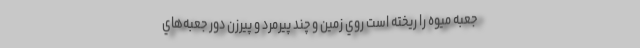
جعبه ميوه را ريخته است روي زمين و چند پيرمرد و پيرزن دور جعبه‌هاي